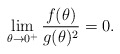
\begin{align*}\lim_{\theta\to 0^+} \frac{f(\theta)}{g(\theta)^2}=0.\end{align*}